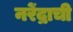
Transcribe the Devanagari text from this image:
नरेंद्राची